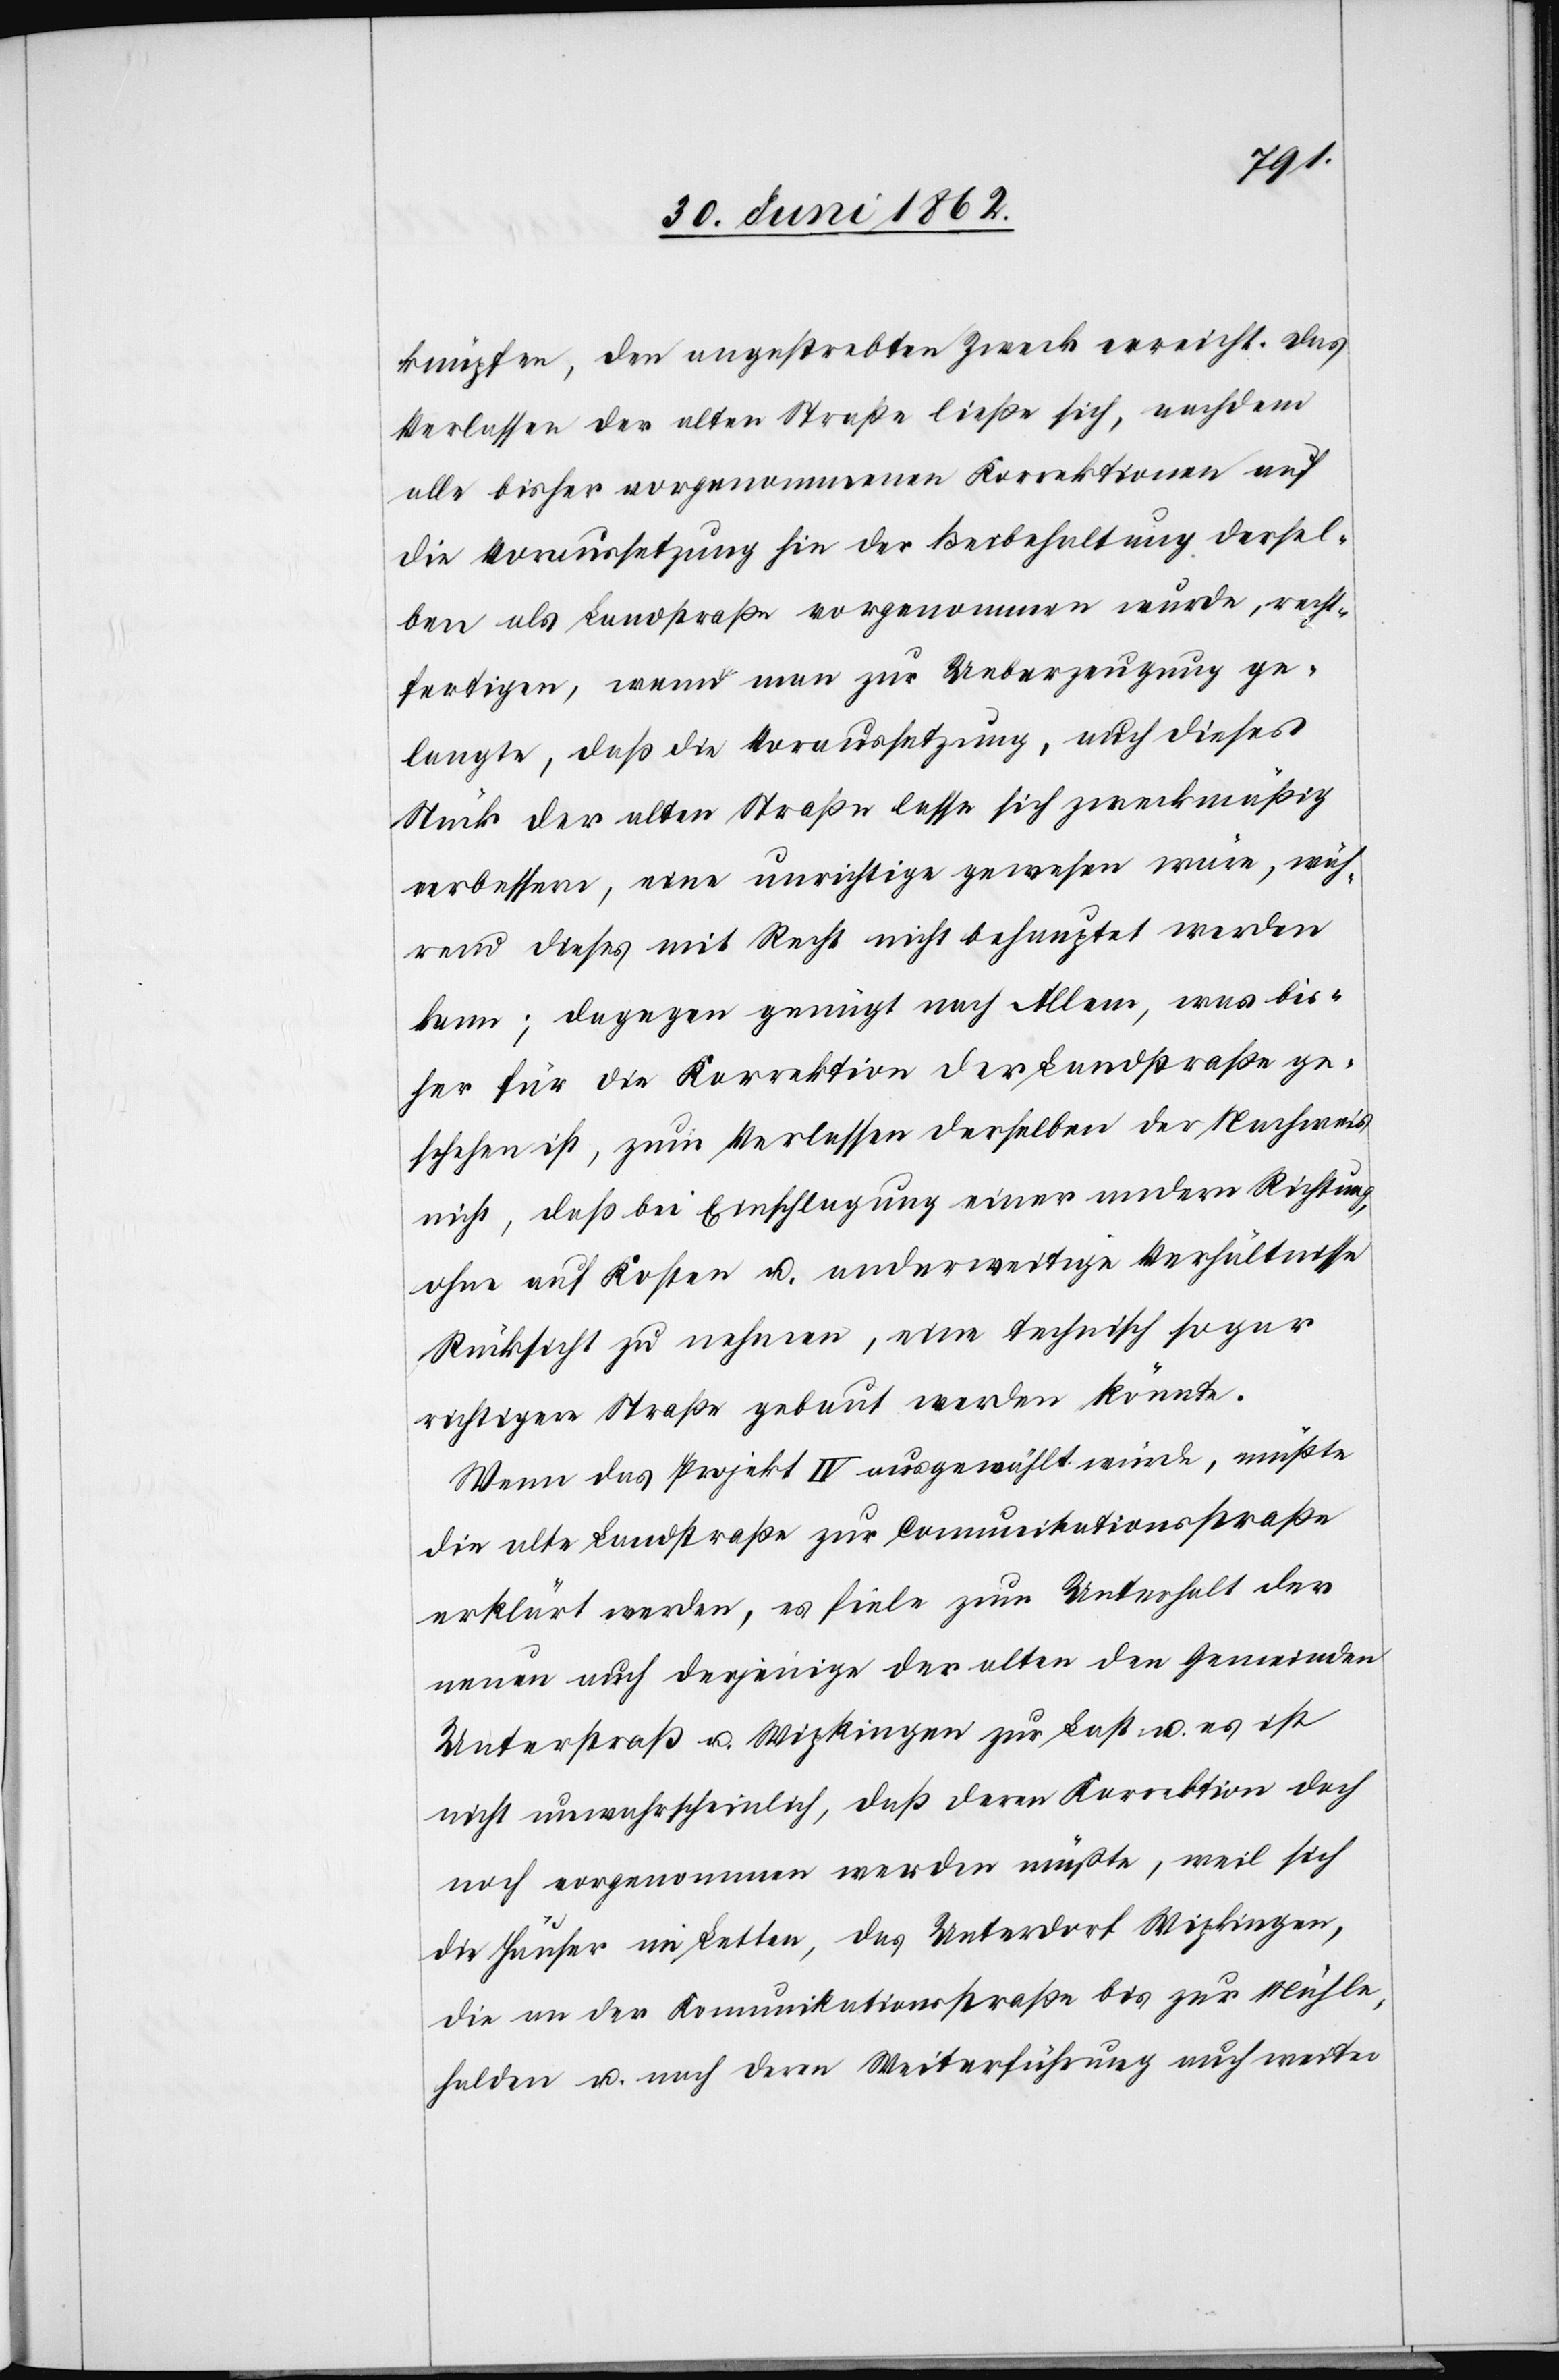
knüpfen, den angestrebten Zweck erreicht. Das
Verlassen der alten Straße ließe sich, nachdem
alle bisher vorgenommenen Korrektionen auf
die Voraussetzung hin der Beibehaltung dersel¬
ben als Landstraße vorgenommen wurde, recht¬
fertigen, wenn man zur Ueberzeugung ge¬
langte, daß die Voraussetzung, auch dieses
Stück der alten Straße lasse sich zweckmäßig
verbessern, eine unrichtige gewesen wäre, wäh¬
rend dieses mit Recht nicht behauptet werden
kann; dagegen genügt nach Allem, was bis¬
her für die Korrektion der Landstraße ge¬
schehen ist, zum Verlassen derselben der Nachweis
nicht, daß bei Einschlagung einer andern Richtung,
ohne auf Kosten u. anderweitige Verhältnisse
Rücksicht zu nehmen, eine technisch sogar
richtigere Straße gebaut werden könnte.
Wenn das Projekt IV ausgewählt würde, müßte
die alte Landstraße zur Communikationsstraße
erklärt werden, es fiele zum Unterhalt der
neuen auch derjenige der alten den Gemeinden
Unterstraß u. Wipkingen zur Last u. es ist
nicht unwahrscheinlich, daß deren Korrektion doch
noch vorgenommen werden müßte, weil sich
die Häuser im Letten, das Unterdorf Wipkingen,
die an der Kommunikationsstraße bis zur Mühl¬
halden u. nach deren Weiterführung auch weiter